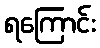
ရကြောင်း